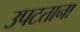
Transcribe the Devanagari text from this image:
उपटताना